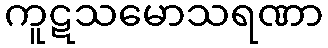
ကူဋသမောသရဏာ